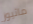
ماثيوز